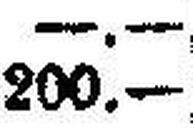
200.—